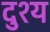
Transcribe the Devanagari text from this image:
दुश्‍य